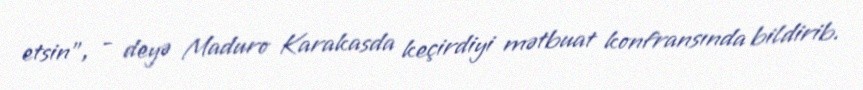
etsin", - deyə Maduro Karakasda keçirdiyi mətbuat konfransında bildirib.